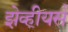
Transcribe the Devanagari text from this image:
झेव्हीयर्स